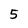
Character: 5